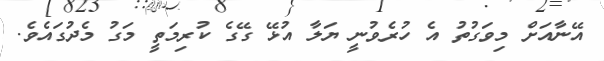
އޭނާއަށް މިވަގުތު އެ ހުރެވުނީ ޔަލާ އުޅޭ ގޭގެ ކުރިމަތީ މަގު މެދުގައެވެ.